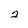
Character: 2